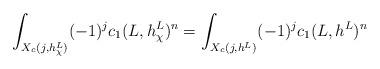
LaTeX: \begin{align*} \int_{X_c(j,h^L_\chi)}(-1)^j c_1(L,h_\chi^L)^n= \int_{X_c(j,h^L)}(-1)^j c_1(L,h^L)^n\end{align*}